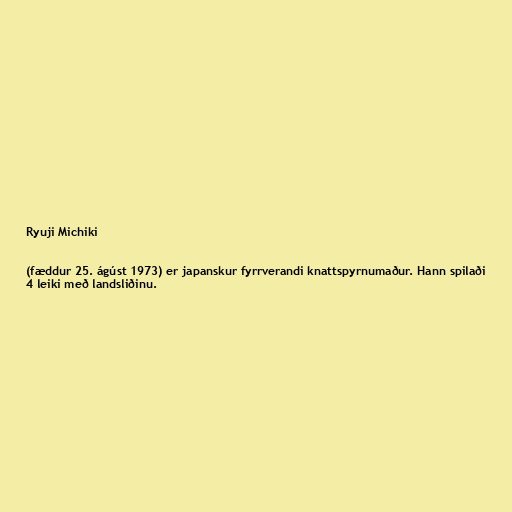
Ryuji Michiki

(fæddur 25. ágúst 1973) er japanskur fyrrverandi knattspyrnumaður. Hann spilaði
4 leiki með landsliðinu.